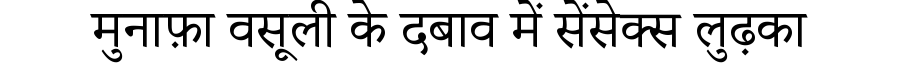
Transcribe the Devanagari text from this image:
मुनाफ़ा वसूली के दबाव में सेंसेक्स लुढ़का